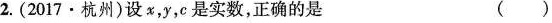
2.(2017·杭州)设x，y，e是实数，正确的是 ( )